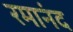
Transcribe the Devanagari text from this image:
रमानंद